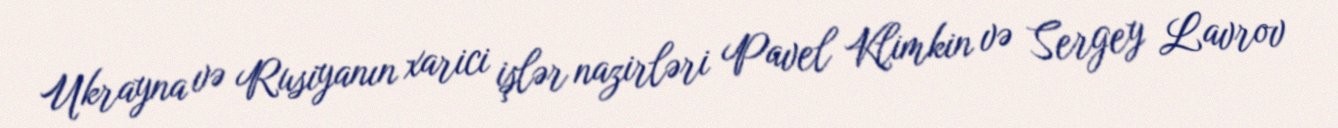
Ukrayna və Rusiyanın xarici işlər nazirləri Pavel Klimkin və Sergey Lavrov